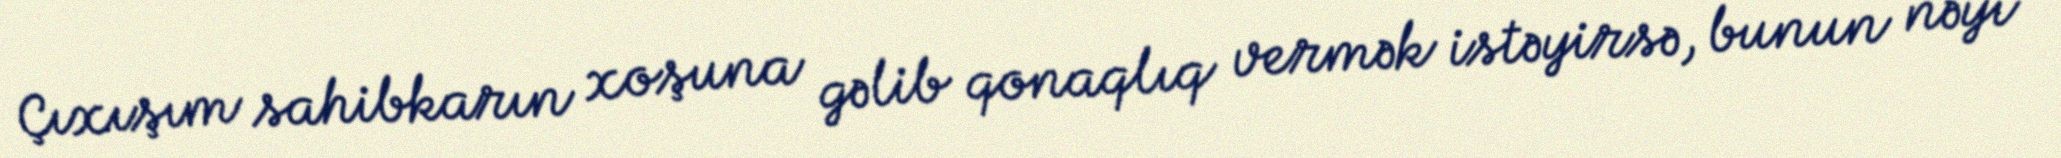
Çıxışım sahibkarın xoşuna gəlib qonaqlıq vermək istəyirsə, bunun nəyi